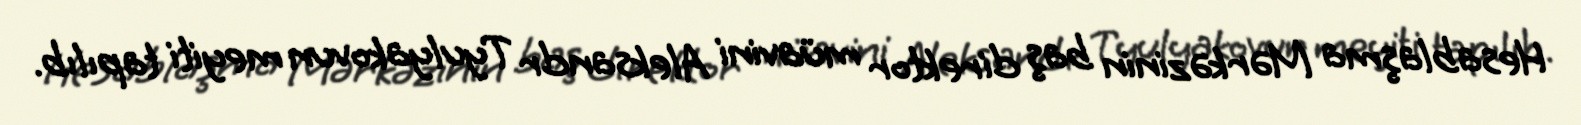
Hesablaşma Mərkəzinin baş direktor müavini Aleksandr Tyulyakovun meyiti tapılıb.